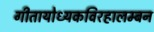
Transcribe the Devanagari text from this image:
गीतायोध्यकविरहालम्बन